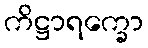
ကိဋ္ဌာရက္ခော